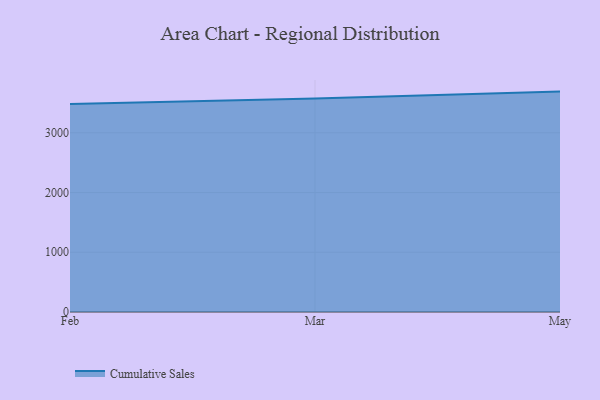
{"axis": {"x": "Month", "y": "Satisfaction Score"}, "legend": ["Cumulative Sales"], "data": [{"x": "Feb", "y": 3483.6, "type": "Cumulative Sales"}, {"x": "Mar", "y": 3573.8, "type": "Cumulative Sales"}, {"x": "May", "y": 3689.3, "type": "Cumulative Sales"}]}